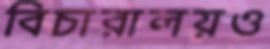
বিচারালয়ও